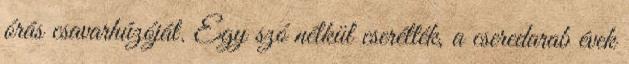
órás csavarhúzóját. Egy szó nélkül cserélték, a cseredarab évek